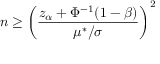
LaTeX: n \geq \left( { \frac { z _ { \alpha } + \Phi ^ { - 1 } ( 1 - \beta ) } { \mu ^ { * } / \sigma } } \right) ^ { 2 }